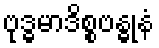
ဗုဒ္ဓမာဒိစ္စဗန္ဓုနံ